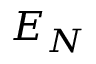
E _ { N }